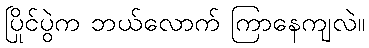
ပြိုင်ပွဲက ဘယ်လောက် ကြာနေကျလဲ။